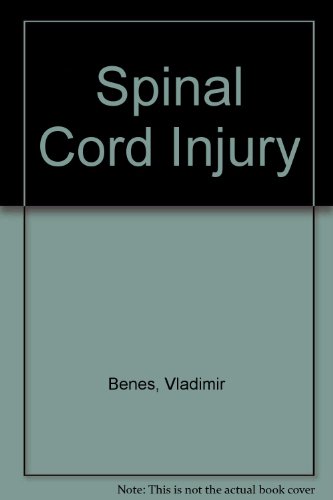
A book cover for Spinal Cord Injury; Vladimir Benes; Health, Fitness & Dieting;